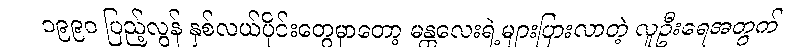
၁၉၉၀ ပြည့်လွန် နှစ်လယ်ပိုင်းတွေမှာတော့ မန္တလေးရဲ့များပြားလာတဲ့ လူဦးရေအတွက်